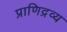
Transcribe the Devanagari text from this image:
प्राणिद्रव्य